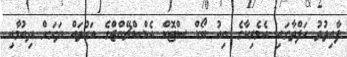
ފާއިތުވު ހަފްތާގައި އެމެރިކާގެ ނިއު ޔޯކް ސްޓޮކް އެކްސްޗޭންޖްގެ އަގުތައް ދަށަށް ދިއުމާއި